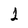
Character: 1